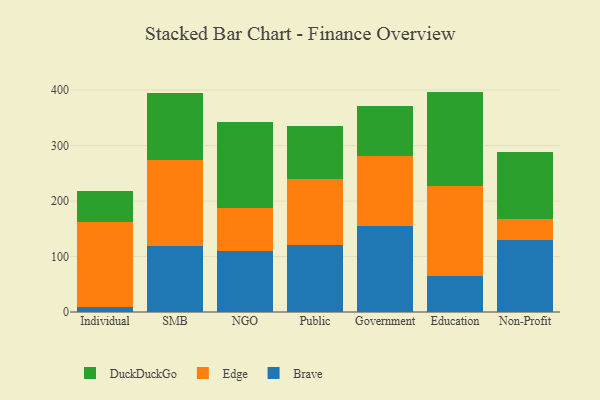
{"axis": {"x": "Segment", "y": "Backlog"}, "legend": ["Brave", "DuckDuckGo", "Edge"], "data": [{"x": "Individual", "y": 8.8, "type": "Brave"}, {"x": "Individual", "y": 152.8, "type": "Edge"}, {"x": "Individual", "y": 56.1, "type": "DuckDuckGo"}, {"x": "SMB", "y": 118.6, "type": "Brave"}, {"x": "SMB", "y": 156.0, "type": "Edge"}, {"x": "SMB", "y": 119.8, "type": "DuckDuckGo"}, {"x": "NGO", "y": 110.3, "type": "Brave"}, {"x": "NGO", "y": 76.9, "type": "Edge"}, {"x": "NGO", "y": 154.9, "type": "DuckDuckGo"}, {"x": "Public", "y": 121.6, "type": "Brave"}, {"x": "Public", "y": 117.8, "type": "Edge"}, {"x": "Public", "y": 95.5, "type": "DuckDuckGo"}, {"x": "Government", "y": 155.1, "type": "Brave"}, {"x": "Government", "y": 125.5, "type": "Edge"}, {"x": "Government", "y": 91.6, "type": "DuckDuckGo"}, {"x": "Education", "y": 64.3, "type": "Brave"}, {"x": "Education", "y": 162.7, "type": "Edge"}, {"x": "Education", "y": 170.4, "type": "DuckDuckGo"}, {"x": "Non-Profit", "y": 129.8, "type": "Brave"}, {"x": "Non-Profit", "y": 38.1, "type": "Edge"}, {"x": "Non-Profit", "y": 119.8, "type": "DuckDuckGo"}]}